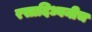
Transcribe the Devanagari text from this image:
रसादिध्वनीच